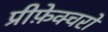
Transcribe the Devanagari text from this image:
प्रीफ़ेक्चरों